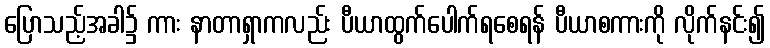
ပြောသည့်အခါ၌ ကား နာတာရှာကလည်း ပီယာထွက်ပေါက်ရစေရန် ပီယာစကားကို လိုက်နင်း၍